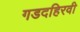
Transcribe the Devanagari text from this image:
गडदहिरवी